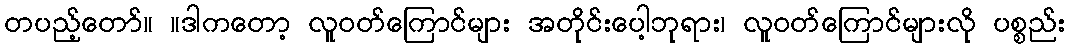
တပည့်တော်။ ။ဒါကတော့ လူဝတ်ကြောင်များ အတိုင်းပေါ့ဘုရား၊ လူဝတ်ကြောင်များလို ပစ္စည်း